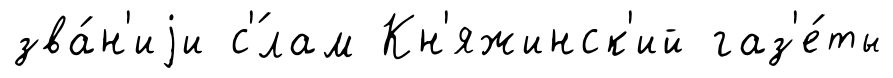
зва́н'иjи с'́лам Кн'яжинск'ий газ'е́ты